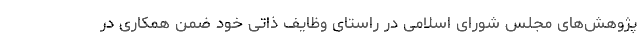
پژوهش‌های مجلس شورای اسلامی در راستای وظایف ذاتی خود ضمن همکاری در